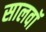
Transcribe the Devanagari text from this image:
सालवाॅ